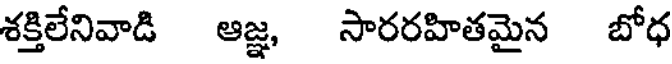
శక్తిలేనివాడి ఆజ్ఞ, సారరహితమైన బోధ